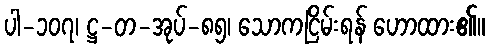
ပါ-၁၀၇၊ ဋ္ဌ-တ-အုပ်-၈၅၊ သောကငြိမ်းရန် ဟောထား၏။